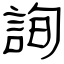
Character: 詢